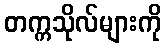
တက္ကသိုလ်များကို